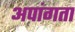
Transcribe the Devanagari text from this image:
अपांगता